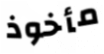
مأخوذ